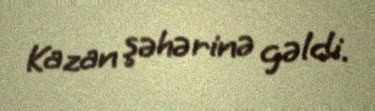
Kazan şəhərinə gəldi.